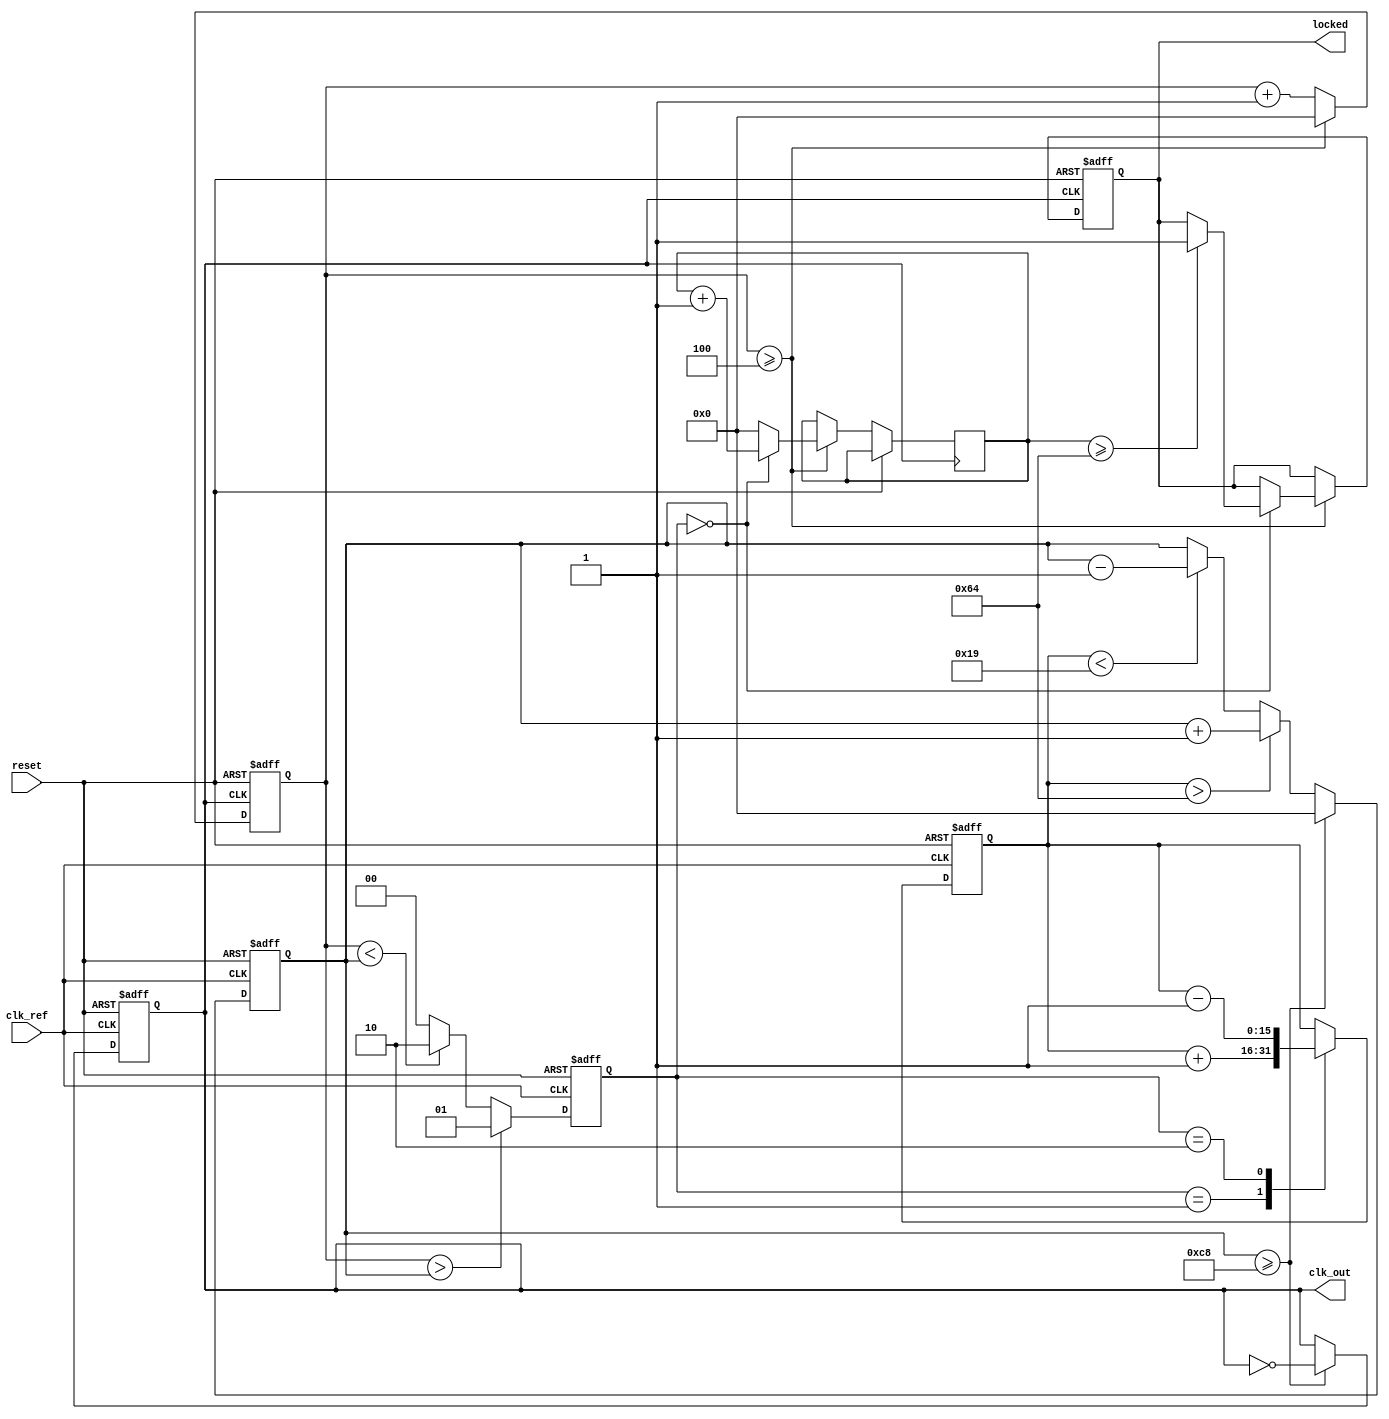
module PLL (
    input wire clk_ref,        // Reference clock input
    input wire reset,          // Asynchronous reset
    output reg clk_out,        // Output clock
    output reg locked          // Lock status
);

    // Parameters for the PLL
    parameter integer DIV_FACTOR = 4; // Frequency divider factor
    parameter integer VCO_MAX_FREQ = 200; // Maximum VCO frequency in MHz
    parameter integer VCO_MIN_FREQ = 50;  // Minimum VCO frequency in MHz

    // Internal signals
    reg [1:0] phase_err;       // Phase error signal from phase detector
    reg [15:0] control_voltage; // Control voltage for VCO
    reg [31:0] vco_counter;     // VCO frequency counter
    reg [31:0] feedback_counter; // Feedback counter for phase comparison
    reg [31:0] lock_counter;     // Lock detection counter

    // Phase Detector (PD) - Simple implementation
    always @(posedge clk_ref or posedge reset) begin
        if (reset) begin
            phase_err <= 2'b00;
        end else begin
            // Compare phase of clk_ref and feedback clock
            if (feedback_counter > vco_counter) begin
                phase_err <= 2'b01; // Feedback clock leads reference clock
            end else if (feedback_counter < vco_counter) begin
                phase_err <= 2'b10; // Reference clock leads feedback clock
            end else begin
                phase_err <= 2'b00; // Phase match
            end
        end
    end

    // Loop Filter (LF) - Simple proportional control
    always @(posedge clk_ref or posedge reset) begin
        if (reset) begin
            control_voltage <= 16'b0;
        end else begin
            case (phase_err)
                2'b01: control_voltage <= control_voltage + 1; // Increase frequency
                2'b10: control_voltage <= control_voltage - 1; // Decrease frequency
                default: control_voltage <= control_voltage; // No change
            endcase
        end
    end

    // Voltage-Controlled Oscillator (VCO)
    always @(posedge clk_ref or posedge reset) begin
        if (reset) begin
            vco_counter <= 32'b0;
            clk_out <= 1'b0;
        end else begin
            // Adjust frequency based on control voltage
            if (control_voltage > (VCO_MAX_FREQ / 2)) begin
                vco_counter <= vco_counter + 1; // Increase VCO frequency
            end else if (control_voltage < (VCO_MIN_FREQ / 2)) begin
                vco_counter <= vco_counter - 1; // Decrease VCO frequency
            end
            
            // Generate output clock based on VCO counter
            if (vco_counter >= (VCO_MAX_FREQ)) begin
                clk_out <= ~clk_out; // Toggle output clock
                vco_counter <= 32'b0; // Reset counter
            end
        end
    end

    // Frequency Divider
    always @(posedge clk_out or posedge reset) begin
        if (reset) begin
            feedback_counter <= 32'b0;
            locked <= 1'b0;
        end else begin
            feedback_counter <= feedback_counter + 1;
            if (feedback_counter >= DIV_FACTOR) begin
                feedback_counter <= 32'b0; // Reset feedback counter
                // Check lock condition
                if (phase_err == 2'b00) begin
                    lock_counter <= lock_counter + 1;
                    if (lock_counter >= 32'd100) begin // Lock condition threshold
                        locked <= 1'b1; // PLL is locked
                    end
                end else begin
                    lock_counter <= 32'b0; // Reset lock counter if not locked
                end
            end
        end
    end

endmodule